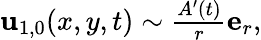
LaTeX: \begin{array}{r}{\mathbf{u}_{1,0}(x,y,t)\sim\frac{A^{\prime}(t)}{r}\mathbf{e}_{r},}\end{array}